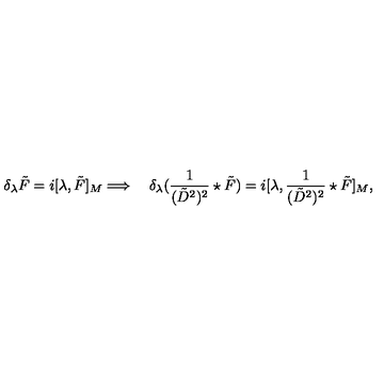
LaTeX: \delta _ { \lambda } \tilde { F } = i [ \lambda , \tilde { F } ] _ { M } \Longrightarrow \quad \delta _ { \lambda } ( \frac 1 { ( \tilde { D } ^ { 2 } ) ^ { 2 } } \star \tilde { F } ) = i [ \lambda , \frac 1 { ( \tilde { D } ^ { 2 } ) ^ { 2 } } \star \tilde { F } ] _ { M } ,